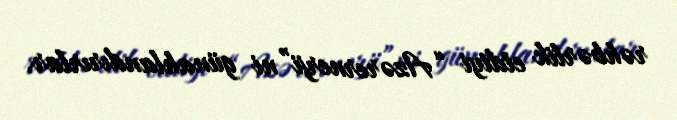
rəhbərlik etdiyi “Azərernerji”ni günahlandırırlar.